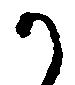
か